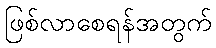
ဖြစ်လာစေရန်အတွက်